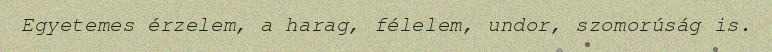
Egyetemes érzelem, a harag, félelem, undor, szomorúság is.